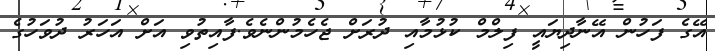
އޭގެ ފަހުން އޭނާދިޔައީ ފިލްމް ކުޅުމާއި ދުރަށް ޖެހެމުންނެވެ.ފާއިތުވި އަށް އަހަރު ދުވަހުގެ